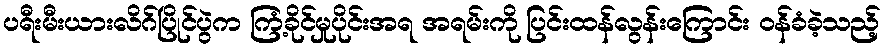
ပရီးမီးယားလိဂ်ပြိုင်ပွဲက ကြံ့ခိုင်မှုပိုင်းအရ အရမ်းကို ပြင်းထန်လွန်းကြောင်း ဝန်ခံခဲ့သည့်